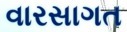
વારસાગત